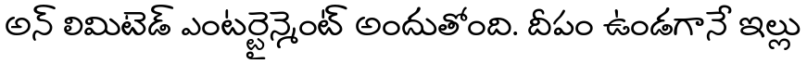
అన్ లిమిటెడ్ ఎంటర్టైన్మెంట్ అందుతోంది. దీపం ఉండగానే ఇల్లు